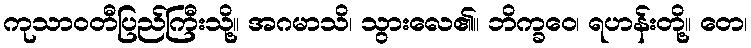
ကုသာဝတီပြည်ကြီးသို့။ အဂမာသိ၊ သွားလေ၏။ ဘိက္ခဝေ၊ ရဟန်းတို့။ တေ၊